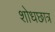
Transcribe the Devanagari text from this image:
शोधछात्र